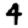
Digit: 4